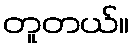
တူတယ်။